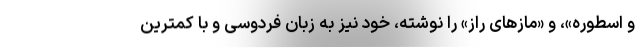
و اسطوره»، و «مازهای راز» را نوشته، خود نیز به زبان فردوسی و با کمترین